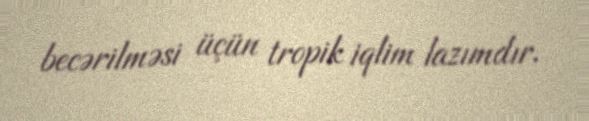
becərilməsi üçün tropik iqlim lazımdır.